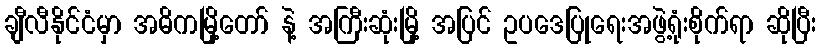
ချီလီနိုင်ငံမှာ အဓိကမြို့တော် နဲ့ အကြီးဆုံးမြို့ အပြင် ဥပဒေပြုရေးအဖွဲ့ရုံးစိုက်ရာ ဆိုပြီး